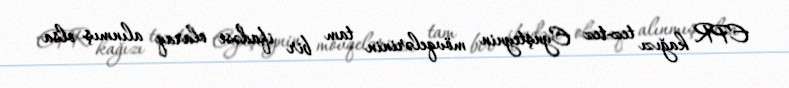
EPR kağızı tez-tez Eynşteynin mövqelərinin tam bir ifadəsi olaraq alınmış olsa